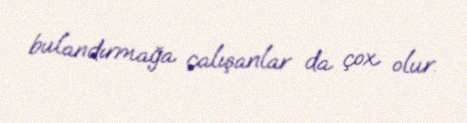
bulandırmağa çalışanlar da çox olur.